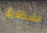
الشظايا